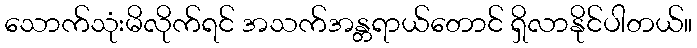
သောက်သုံးမိလိုက်ရင် အသက်အန္တရာယ်တောင် ရှိလာနိုင်ပါတယ်။